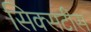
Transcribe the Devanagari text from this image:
सिक्सटीस